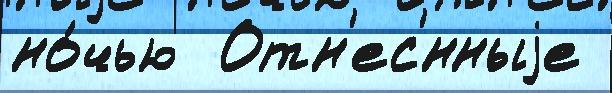
но́чью  Отн'ес'́нныjе